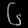
Digit: ၆